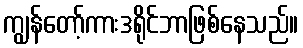
ကျွန်တော့်ကားဒရိုင်ဘာဖြစ်နေသည်။